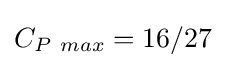
C_{P~max}=16/27